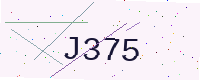
Text: J375